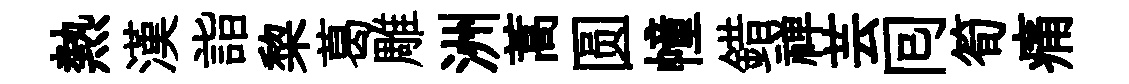
熱漢詣棃葛雕洲蒿圆幢錯禅芸囘筍痛